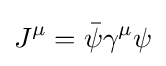
J^{\mu }={\bar {\psi }}\gamma ^{\mu }\psi